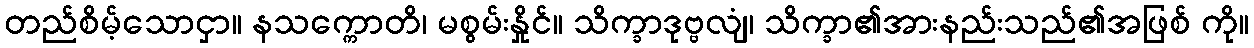
တည်စိမ့်သောငှာ။ နသက္ကောတိ၊ မစွမ်းနှိုင်။ သိက္ခာဒုဗ္ဗလျံ၊ သိက္ခာ၏အားနည်းသည်၏အဖြစ် ကို။